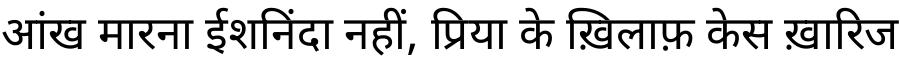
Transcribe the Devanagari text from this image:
आंख मारना ईशनिंदा नहीं, प्रिया के ख़िलाफ़ केस ख़ारिज